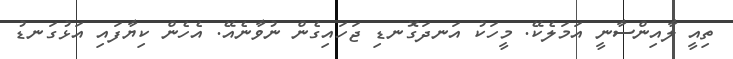
ތިއީ ލާއިންސާނީ އަމަލެކޭ. މީހަކު އަނދަގޮނޑި ޖަހައިގެން ނުވާނެއޭ. އެހެން ކިޔާފައި އަޅުގަނޑު